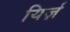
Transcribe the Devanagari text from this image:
यिर्ज़